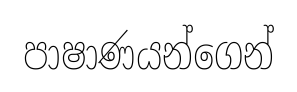
පාෂාණයන්ගෙන්